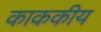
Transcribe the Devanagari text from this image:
काककीय